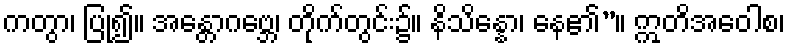
ကတွာ၊ ပြု၍။ အန္တောဂဗ္ဘေ၊ တိုက်တွင်း၌။ နိသိန္နော၊ နေ၏”။ ဣတိအဝေါစ၊